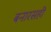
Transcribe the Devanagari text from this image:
बनारसही